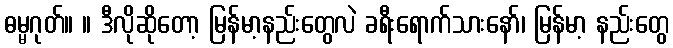
ဓမ္မဂုတ်။ ။ ဒီလိုဆိုတော့ မြန်မာ့နည်းတွေလဲ ခရီးရောက်သားနော်၊ မြန်မာ့ နည်းတွေ